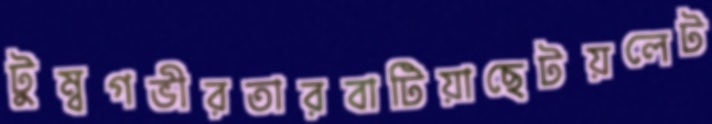
টুম্বগভীরতারবাটিয়াছেটয়লেট